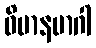
ဝိမာနမာဂါ